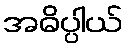
အဓိပ္ပါယ်